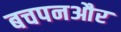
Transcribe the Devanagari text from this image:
बचपनऔर